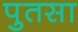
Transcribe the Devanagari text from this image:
पुतसा